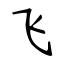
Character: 飞